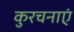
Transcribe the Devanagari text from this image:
कुरचनाएं